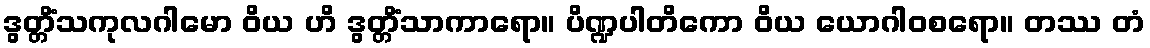
ဒွတ္တိံသကုလဂါမော ဝိယ ဟိ ဒွတ္တိံသာကာရော။ ပိဏ္ဍပါတိကော ဝိယ ယောဂါဝစရော။ တဿ တံ